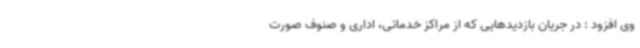
وی افزود : در جریان بازدیدهایی که از مراکز خدماتی، اداری و صنوف صورت